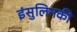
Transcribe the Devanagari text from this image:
इंसुलिनकी